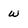
Character: w